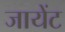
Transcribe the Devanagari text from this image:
जायेंट